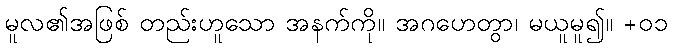
မူလ၏အဖြစ် တည်းဟူသော အနက်ကို။ အဂဟေတွာ၊ မယူမူ၍။ +၀၁